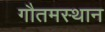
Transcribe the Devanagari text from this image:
गौतमस्थान